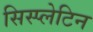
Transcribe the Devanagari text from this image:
सिस्प्लेटिन